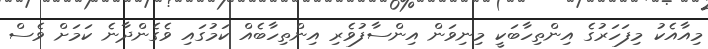
މިއާއެކު މިފަހަރުގެ އިންތިހާބަކީ މިނިވަން އިންސާފުވެރި އިންތިހާބެއް ކަމުގައި ވެގެންދާނެ ކަމަށް ވެސް